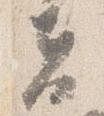
夫